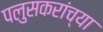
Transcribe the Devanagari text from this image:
पलुसकरांच्या